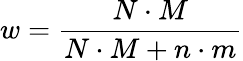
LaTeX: w=\frac{N\cdot M}{N\cdot M+n\cdot m}